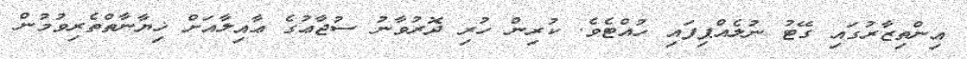
އިންތިޒާރުގައި ގޭޓު ނުލެއްޕިފައި ހުއްޓެވެ. ކުރިން ހުރި ދޮރުވާނު ސުޖާޢުގެ ޢާއިލާއަށް ޚިޔާނާތްތެރިވުމުން